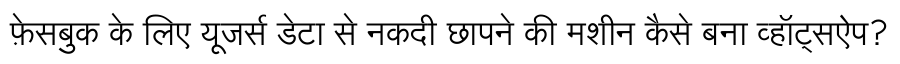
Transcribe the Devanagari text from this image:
फ़ेसबुक के लिए यूजर्स डेटा से नकदी छापने की मशीन कैसे बना व्हॉट्सऐप?